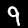
Digit: 9